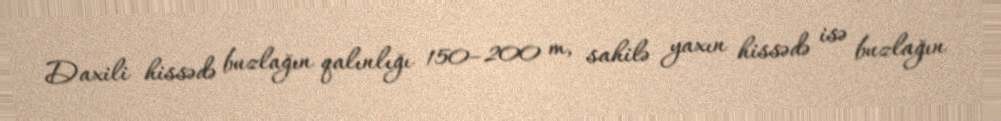
Daxili hissədə buzlağın qalınlığı 150–200 m, sahilə yaxın hissədə isə buzlağın